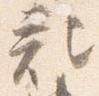
記